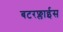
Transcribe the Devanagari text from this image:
बटरफ्लाईस